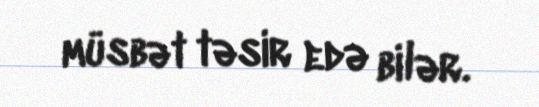
müsbət təsir edə bilər.